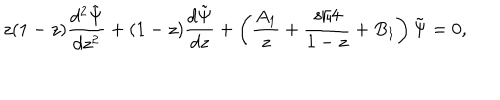
LaTeX: z ( 1 - z ) { \frac { d ^ { 2 } \tilde { \Psi } } { d z ^ { 2 } } } + ( 1 - z ) { \frac { d \tilde { \Psi } } { d z } } + \left( { \frac { A _ { 1 } } { z } } + { \frac { s / 4 } { 1 - z } } + B _ { 1 } \right) \tilde { \Psi } = 0 ,